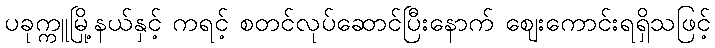
ပခုက္ကူမြို့နယ်နှင့် ကရင့် စတင်လုပ်ဆောင်ပြီးနောက် ဈေးကောင်းရရှိသဖြင့်